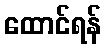
ထောင်ရန်